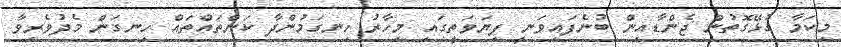
މިކަމާ ގުޅޭގޮތުން ޖެންޑާއިން ބުނެފައިވަނީ ފިޔަވަތީގައި މިހާރު ހިނގަމުންދާ ކަންތައްތައް ހިނގަން މެދުވެރިވާ